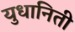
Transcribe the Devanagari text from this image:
युधानिती